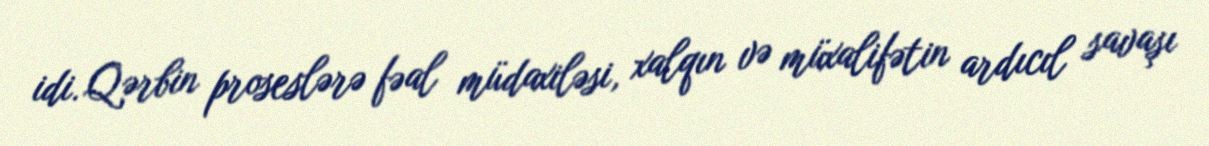
idi. Qərbin proseslərə fəal müdaxiləsi, xalqın və müxalifətin ardıcıl savaşı